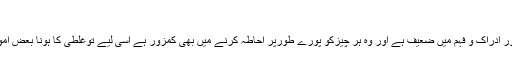
”
انسان اپنے علم اور ادراک و فہم میں ضعیف ہے اور وہ ہر چیزکو پورے طورپر احاطہ کرنے میں بھی کمزور ہے اسی لیے توغلطی کا ہونا بعض امورمیںناگزیرہے۔